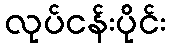
လုပ်ငန်းပိုင်း